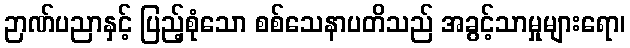
ဉာဏ်ပညာနှင့် ပြည့်စုံသော စစ်သေနာပတိသည် အခွင့်သာမှုများရော၊